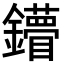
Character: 𨯠